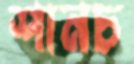
শানচ